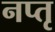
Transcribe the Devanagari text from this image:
नप्तृ